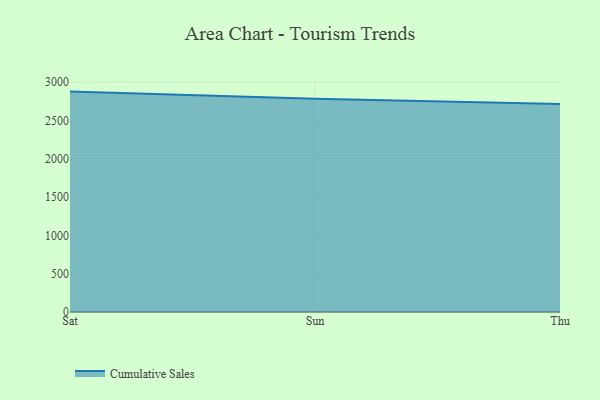
{"axis": {"x": "Day", "y": "Page Views"}, "legend": ["Cumulative Sales"], "data": [{"x": "Sat", "y": 2875.4, "type": "Cumulative Sales"}, {"x": "Sun", "y": 2782.6, "type": "Cumulative Sales"}, {"x": "Thu", "y": 2714.4, "type": "Cumulative Sales"}]}